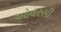
ઓવરસી